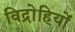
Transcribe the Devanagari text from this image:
विद्राेहियों